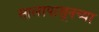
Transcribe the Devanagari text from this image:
सालापासूनच्या